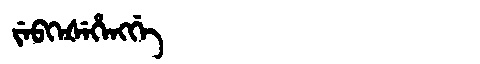
Manchu: ᠵᡝᠪᡴᡝᡧᡝᡥᡝᠩᡤᡝ
Romanization: JEBKEŠEHENGGE